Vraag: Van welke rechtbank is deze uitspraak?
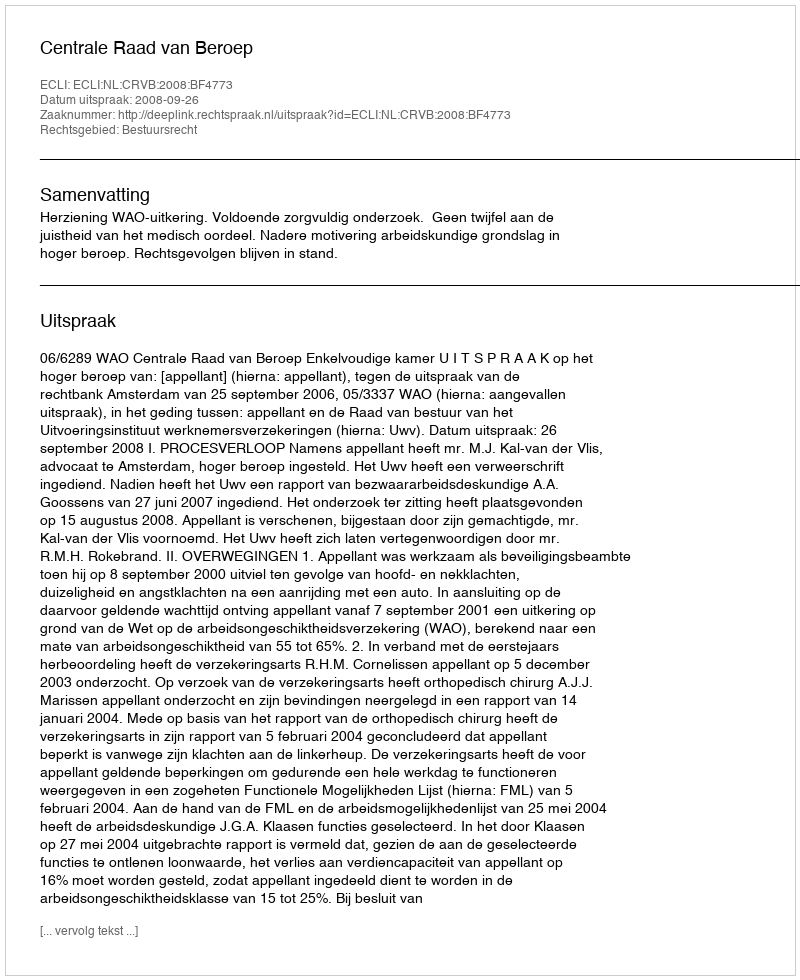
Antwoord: Centrale Raad van Beroep